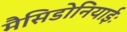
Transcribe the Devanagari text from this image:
मैसिडोनियाईः